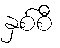
နှစ်စီ